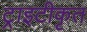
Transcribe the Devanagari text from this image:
ट्राइटीकृत